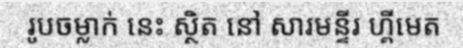
រូបចម្លាក់ នេះ ស្ថិត នៅ សារមន្ទីរ ហ្គីមេត